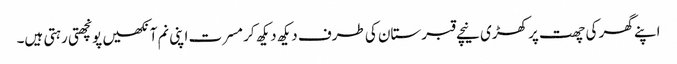
اپنے گھر کی چھت پر کھڑی نیچے قبرستان کی طرف دیکھ دیکھ کر مسرت اپنی نم آنکھیں پونچھتی رہتی ہیں۔